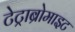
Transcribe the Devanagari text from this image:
टेट्राब्रोमाइट